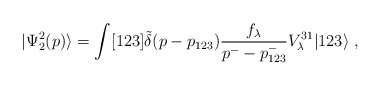
\begin{align*}|\Psi_2^{2}(p) \rangle = \int [123]\tilde{\delta}(p - p_{123})\frac{f_\lambda}{p^- -p^-_{123}} V^{31}_\lambda |123 \rangle \; ,\end{align*}